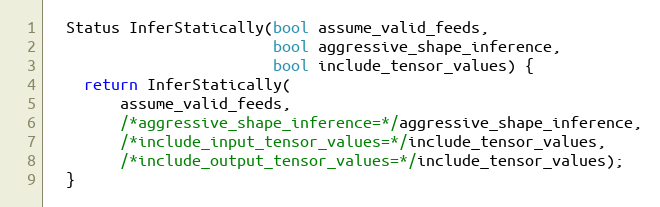
Language: C
  Status InferStatically(bool assume_valid_feeds,
                         bool aggressive_shape_inference,
                         bool include_tensor_values) {
    return InferStatically(
        assume_valid_feeds,
        /*aggressive_shape_inference=*/aggressive_shape_inference,
        /*include_input_tensor_values=*/include_tensor_values,
        /*include_output_tensor_values=*/include_tensor_values);
  }